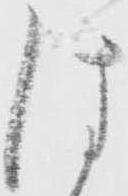
は